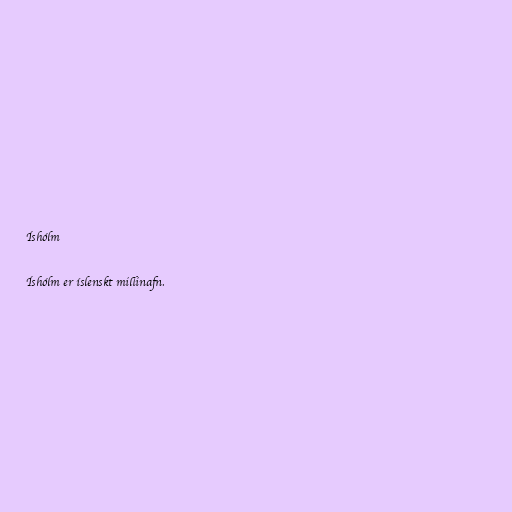
Íshólm

Íshólm er íslenskt millinafn.